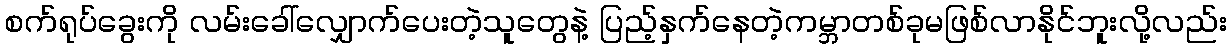
စက်ရုပ်ခွေးကို လမ်းခေါ်လျှောက်ပေးတဲ့သူတွေနဲ့ ပြည့်နှက်နေတဲ့ကမ္ဘာတစ်ခုမဖြစ်လာနိုင်ဘူးလို့လည်း